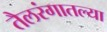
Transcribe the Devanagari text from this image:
तैलरंगातल्या